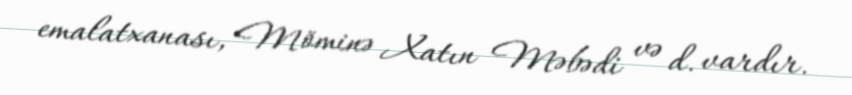
emalatxanası, Möminə Xatın Məbədi və d. vardır.